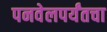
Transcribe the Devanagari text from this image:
पनवेलपर्यंतचा